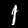
Digit: 1